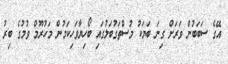
އޭގެ ސަބަބުން ވަރަށް ގިނަ ބަޔަކު މުސްތަގުބަލުގައި ބޯހިޔާވަހިކަމުން މަހުރޫމް ވުމުގެ ބިރު